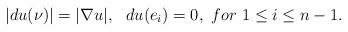
LaTeX: \begin{align*} |du(\nu)|=|\nabla u|, \ \ du(e_i)=0, \ for \ 1\leq i\leq n-1.\end{align*}